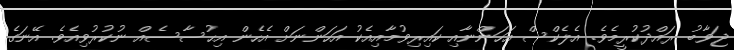
ޖަވާބު ރައްދުކުރީމެވެ. އެލެކްސް އަހަންނާއި ކައިރިވުމާއިއެކު އަހަންނަށް އެހެން އިޙުސާސެއް ނުކުރުވިއެވެ. އޭނަގެ